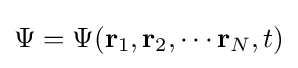
\Psi =\Psi (\mathbf {r} _{1},\mathbf {r} _{2},\cdots \mathbf {r} _{N},t)